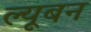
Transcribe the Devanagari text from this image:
ल्यूबन